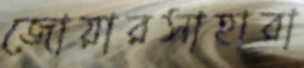
জোয়ারসাহারা